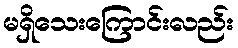
မရှိသေးကြောင်းလည်း